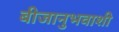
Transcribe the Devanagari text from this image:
बीजानुभवाशी